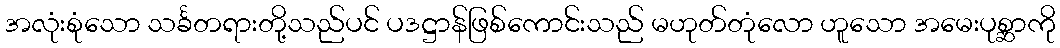
အလုံးစုံသော သင်္ခတရားတို့သည်ပင် ပဒဋ္ဌာန်ဖြစ်ကောင်းသည် မဟုတ်တုံလော ဟူသော အမေးပုစ္ဆာကို